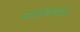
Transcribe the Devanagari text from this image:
संशोधकांमार्फत